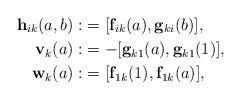
LaTeX: \begin{align*}\mathbf{h}_{ik}(a,b):&=[\mathbf{f}_{ik}(a),\mathbf{g}_{ki}(b)],\\\mathbf{v}_{k}(a):&=-[\mathbf{g}_{k1}(a),\mathbf{g}_{k1}(1)],\\\mathbf{w}_{k}(a):&=[\mathbf{f}_{1k}(1),\mathbf{f}_{1k}(a)],\end{align*}